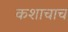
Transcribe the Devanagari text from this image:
कशाचाच